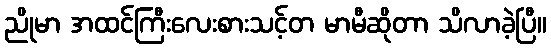
ညိုမာ အထင်ကြီးလေးစားသင့်တ မာမီဆိုတာ သိလာခဲ့ပြီ။